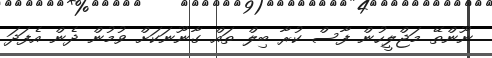
ނޫންތޭ މަޖްލީހުން ފާސް ކުރާ ބިލް ތައް ގާނޫނަކަށް ވުމުން ދެން އެފަދަ